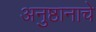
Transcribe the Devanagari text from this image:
अनुष्ठानाचे